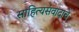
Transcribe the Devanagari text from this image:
साहित्यसंवादाचे